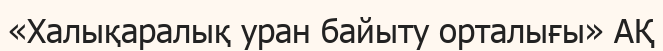
«Халықаралық уран байыту орталығы» АҚ